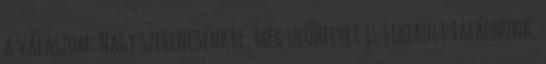
a válaszom. Nagy szerencsénkre, még ülőhelyet is sikerült találnunk.